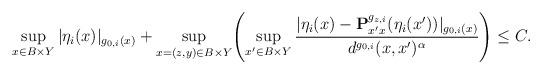
LaTeX: \begin{align*}\sup_{x \in B \times Y}|\eta_i(x)|_{g_{0,i}(x)} + \sup_{x=(z,y) \in B \times Y} \Biggl( \sup_{x' \in B \times Y} \frac{|\eta_i(x) - \mathbf{P}^{g_{z,i}}_{x'x}(\eta_i(x'))|_{g_{0,i}(x)}}{d^{g_{0,i}}(x,x')^\alpha} \Biggr) \leq C.\end{align*}